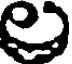
ల